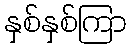
နှစ်နှစ်ကြာ